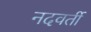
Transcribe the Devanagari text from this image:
नदवर्ती